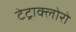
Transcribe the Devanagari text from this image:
टेट्राक्लोरो